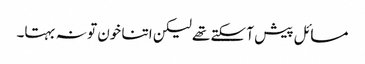
مسائل پیش آ سکتے تھے لیکن اتنا خون تو نہ بہتا۔